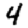
Digit: 4